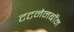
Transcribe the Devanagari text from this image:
टटनेनबॉम